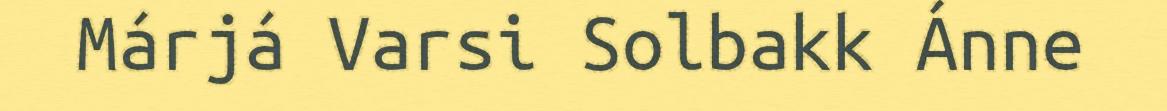
Márjá Varsi Solbakk Ánne